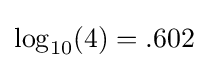
\log _{10}(4)=.602